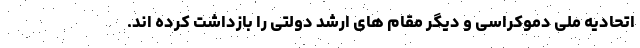
اتحادیه ملی دموکراسی و دیگر مقام های ارشد دولتی را بازداشت کرده اند.